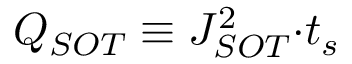
Q _ { S O T } \equiv J _ { S O T } ^ { 2 } { · } t _ { s }